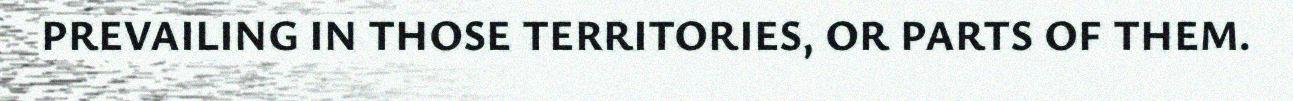
PREVAILING IN THOSE TERRITORIES, OR PARTS OF THEM.